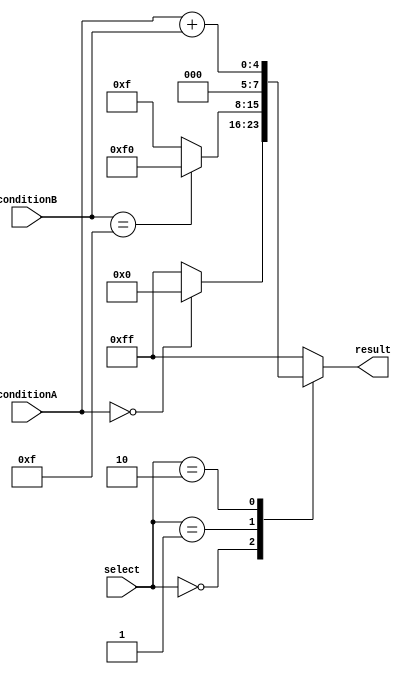
module case_if_else_block(
    input wire [2:0] select,
    input wire [3:0] conditionA,
    input wire [3:0] conditionB,
    output reg [7:0] result
);

always @(*)
begin
    case(select)
        3'b000: begin
            if(conditionA == 4'b0000)
                result = 8'b00000000;
            else
                result = 8'b11111111;
        end
        3'b001: begin
            if(conditionB == 4'b1111)
                result = 8'b11110000;
            else
                result = 8'b00001111;
        end
        3'b010: begin
            result = conditionA + conditionB;
        end
        default: begin
            result = 8'b11111111;
        end
    endcase
end

endmodule